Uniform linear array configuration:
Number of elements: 16
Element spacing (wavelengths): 0.25
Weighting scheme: blackman
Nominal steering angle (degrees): -15
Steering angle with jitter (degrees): -14.739
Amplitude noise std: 0.05
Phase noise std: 0.05

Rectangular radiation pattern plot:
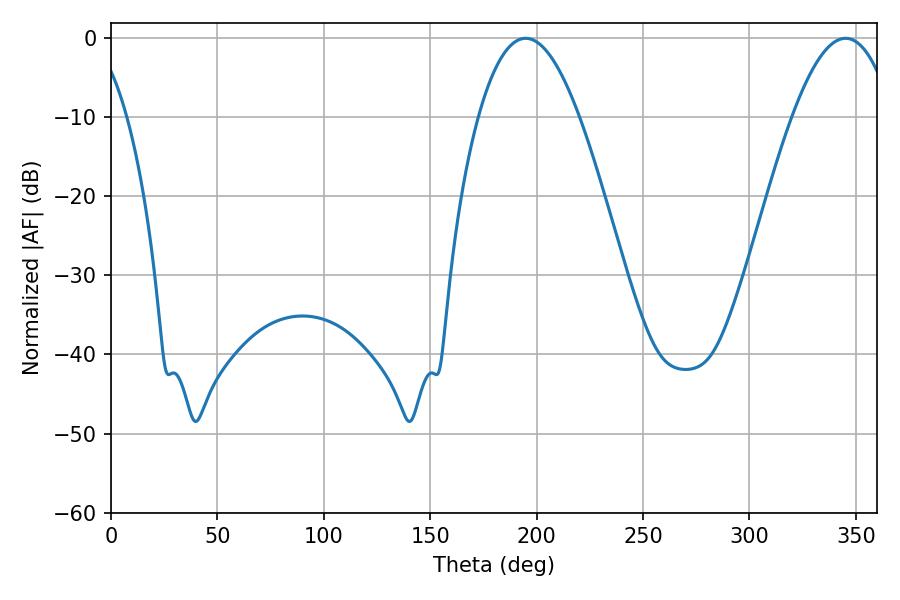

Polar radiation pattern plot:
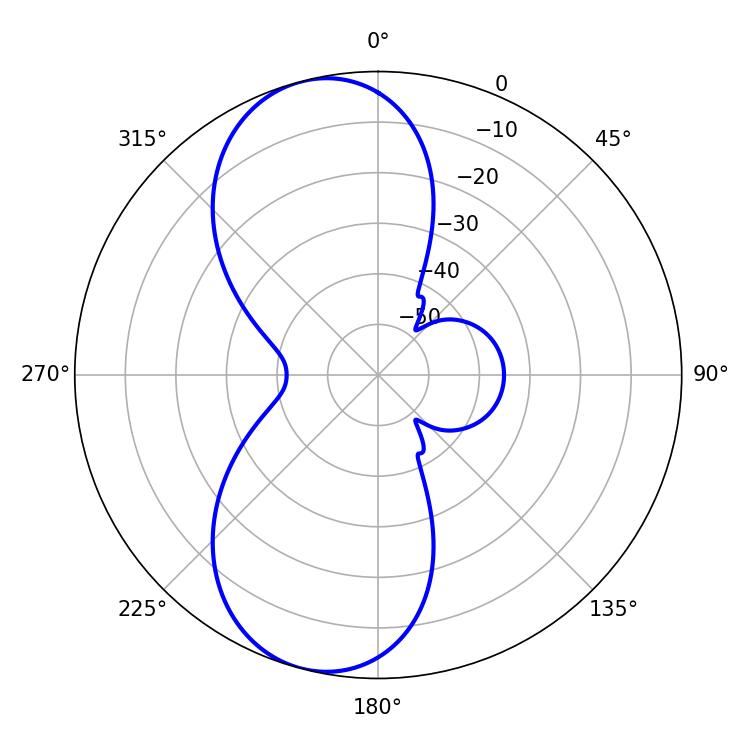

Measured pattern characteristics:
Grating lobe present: FALSE
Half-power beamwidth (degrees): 25.92
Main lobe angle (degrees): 194.76